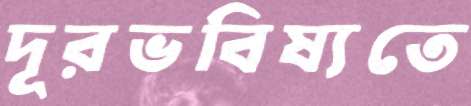
দূরভবিষ্যতে